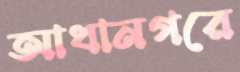
আধানগরে